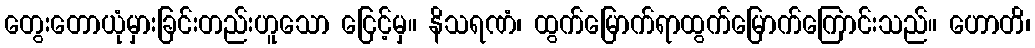
တွေးတောယုံမှားခြင်းတည်းဟူသော ငြေင့်မှ။ နိသရဏံ၊ ထွက်မြောက်ရာထွက်မြောက်ကြောင်းသည်။ ဟောတိ၊